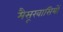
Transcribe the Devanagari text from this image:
मैसूरवासियों